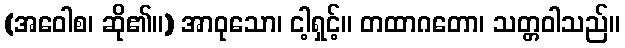
(အဝေါစ၊ ဆို၏။) အာဝုသော၊ ငါ့ရှင့်။ တထာဂတော၊ သတ္တဝါသည်။